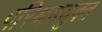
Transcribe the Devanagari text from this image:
परिश्रमयुक्त